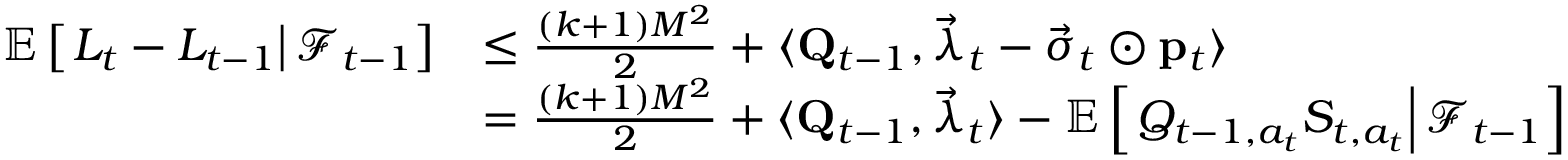
\begin{array} { r l } { \mathbb E \left[ \left. L _ { t } - L _ { t - 1 } \right\rvert \mathcal F _ { t - 1 } \right] } & { \le \frac { ( k + 1 ) M ^ { 2 } } 2 + \langle \mathbf Q _ { t - 1 } , \vec { \lambda } _ { t } - \vec { \sigma } _ { t } \odot \mathbf p _ { t } \rangle } \\ & { = \frac { ( k + 1 ) M ^ { 2 } } 2 + \langle \mathbf Q _ { t - 1 } , \vec { \lambda } _ { t } \rangle - \mathbb E \left[ \left. Q _ { t - 1 , a _ { t } } S _ { t , a _ { t } } \right\rvert \mathcal F _ { t - 1 } \right] } \end{array}